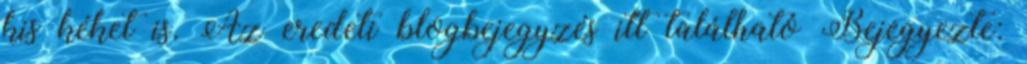
kis kéket is. Az eredeti blogbejegyzés itt található Bejegyezte: